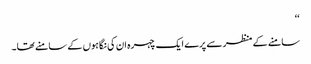
‘‘
سامنے کے منظر سے پرے ایک چہرہ ان کی نگاہوں کے سامنے تھا۔